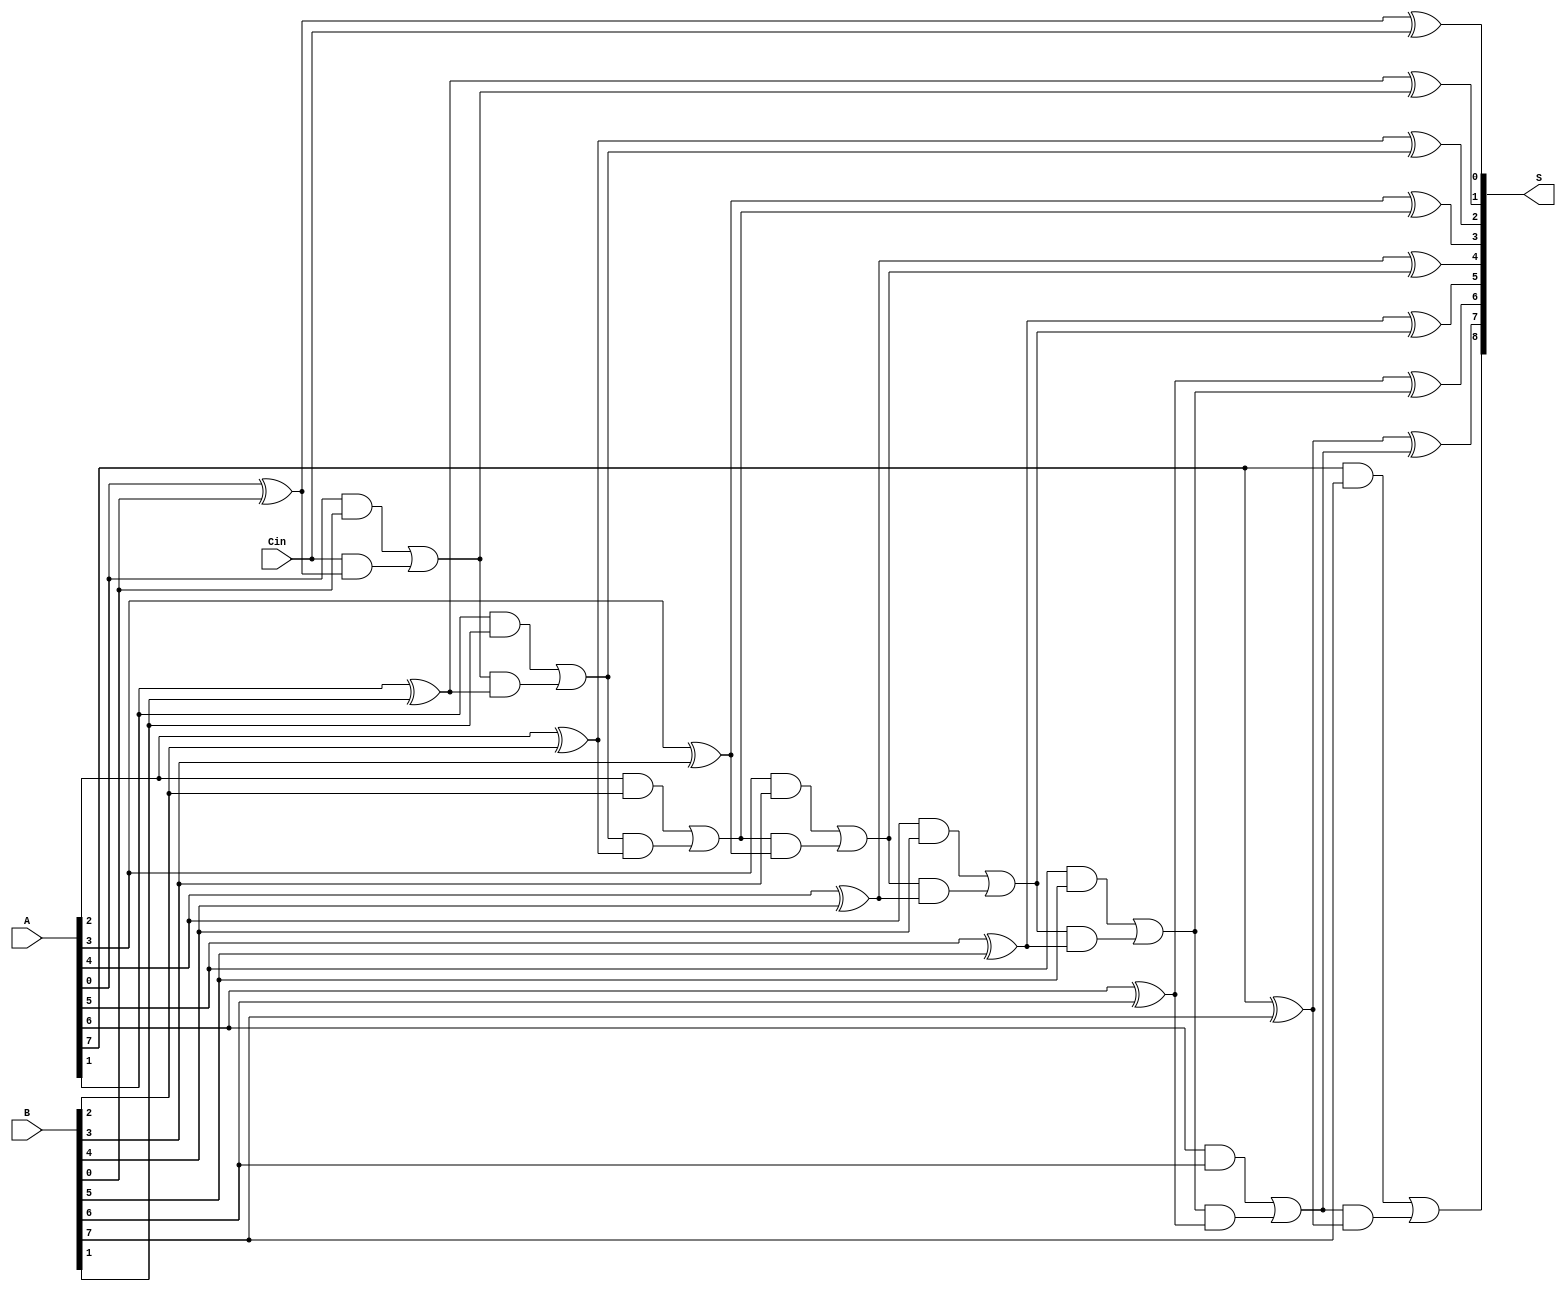
module PrecomputationCarryAdder #(parameter N = 8) (
    input  wire [N-1:0] A,            // N-bit input A
    input  wire [N-1:0] B,            // N-bit input B
    input  wire Cin,                   // carry input
    output wire [N:0] S                // (N+1)-bit output sum
);
    wire [N:0] carry;                 // carry signals from bit i to i+1
    wire [N-1:0] sum;                 // sum for each bit position

    // Assign initial carry-in
    assign carry[0] = Cin;

    genvar i;
    generate
        for (i = 0; i < N; i = i + 1) begin : carry_logic
            // Compute sum for each bit position
            assign sum[i] = A[i] ^ B[i] ^ carry[i];
            // Compute carry for next bit position
            assign carry[i + 1] = (A[i] & B[i]) | (carry[i] & (A[i] ^ B[i]));
        end
    endgenerate

    // Assign final sum output
    assign S[N-1:0] = sum;             // Lower N bits are the sum
    assign S[N] = carry[N];            // N-th bit is the final carry out

endmodule